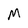
Character: M